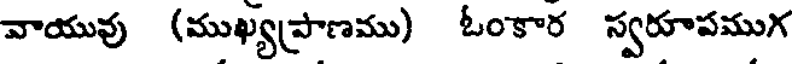
వాయువు (ముఖ్యప్రాణము) ఓంకార స్వరూపముగ